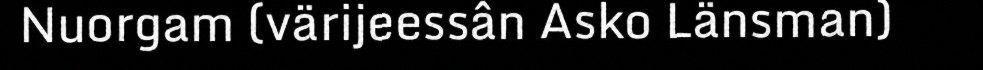
Nuorgam (värijeessân Asko Länsman)